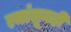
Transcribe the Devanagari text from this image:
त्यांतूनही